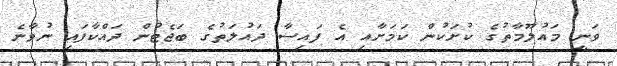
ވަނީ މައުލޫމާތުގެ ކުށަކުން ކަމަށާއި އެ ފައިސާ ދައުލަތުގެ ބަޖެޓުން ދައްކާފައި ނުވާނެ